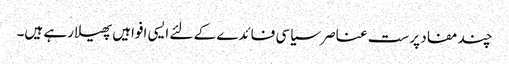
چند مفاد پرست عناصر سیاسی فائدے کے لئے ایسی افواہیں پھیلا رہے ہیں۔